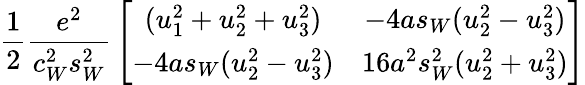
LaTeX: {\frac{1}{2}}{\frac{e^{2}}{c_{W}^{2}s_{W}^{2}}}\left[\begin{array}{cc}{{(u_{1}^{2}+u_{2}^{2}+u_{3}^{2})}}&{{-4as_{W}(u_{2}^{2}-u_{3}^{2})}}\\ {{-4as_{W}(u_{2}^{2}-u_{3}^{2})}}&{{16a^{2}s_{W}^{2}(u_{2}^{2}+u_{3}^{2})}}\end{array}\right]